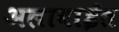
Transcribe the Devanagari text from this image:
अलावाईत